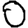
Digit: 0